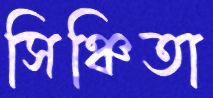
সিঞ্চিতা